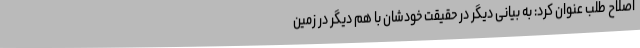
اصلاح طلب عنوان کرد: به بیانی دیگر در حقیقت خودشان با هم دیگر در زمین